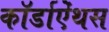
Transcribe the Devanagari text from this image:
कॉर्डाऐंथस